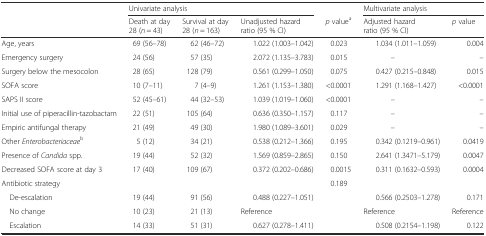
<table><thead><tr><td></td><td colspan="3"><b>Univariate analysis</b></td><td></td><td colspan="2"><b>Multivariate analysis</b></td></tr><tr><td></td><td><b>Death at day 28 (<i>n</i> = 43)</b></td><td><b>Survival at day 28 (<i>n</i> = 163)</b></td><td><b>Unadjusted hazard ratio (95 % CI)</b></td><td><b><i>p</i> value<sup>a</sup></b></td><td><b>Adjusted hazard ratio (95 % CI)</b></td><td><b><i>p</i> value</b></td></tr></thead><tbody><tr><td>Age, years</td><td>69 (56–78)</td><td>62 (46–72)</td><td>1.022 (1.003–1.042)</td><td>0.023</td><td>1.034 (1.011–1.059)</td><td>0.004</td></tr><tr><td>Emergency surgery</td><td>24 (56)</td><td>57 (35)</td><td>2.072 (1.135–3.783)</td><td>0.015</td><td>–</td><td>–</td></tr><tr><td>Surgery below the mesocolon</td><td>28 (65)</td><td>128 (79)</td><td>0.561 (0.299–1.050)</td><td>0.075</td><td>0.427 (0.215–0.848)</td><td>0.015</td></tr><tr><td>SOFA score</td><td>10 (7–11)</td><td>7 (4–9)</td><td>1.261 (1.153–1.380)</td><td>&lt;0.0001</td><td>1.291 (1.168–1.427)</td><td>&lt;0.0001</td></tr><tr><td>SAPS II score</td><td>52 (45–61)</td><td>44 (32–53)</td><td>1.039 (1.019–1.060)</td><td>&lt;0.0001</td><td>–</td><td>–</td></tr><tr><td>Initial use of piperacillin-tazobactam</td><td>22 (51)</td><td>105 (64)</td><td>0.636 (0.350–1.157)</td><td>0.117</td><td>–</td><td>–</td></tr><tr><td>Empiric antifungal therapy</td><td>21 (49)</td><td>49 (30)</td><td>1.980 (1.089–3.601)</td><td>0.029</td><td>–</td><td>–</td></tr><tr><td>Other <i>Enterobacteriaceae</i><sup>b</sup></td><td>5 (12)</td><td>34 (21)</td><td>0.538 (0.212–1.366)</td><td>0.195</td><td>0.342 (0.1219–0.961)</td><td>0.0419</td></tr><tr><td>Presence of <i>Candida</i> spp.</td><td>19 (44)</td><td>52 (32)</td><td>1.569 (0.859–2.865)</td><td>0.150</td><td>2.641 (1.3471–5.179)</td><td>0.0047</td></tr><tr><td>Decreased SOFA score at day 3</td><td>17 (40)</td><td>109 (67)</td><td>0.372 (0.202–0.686)</td><td>0.0015</td><td>0.311 (0.1632–0.593)</td><td>0.0004</td></tr><tr><td>Antibiotic strategy</td><td></td><td></td><td></td><td>0.189</td><td></td><td></td></tr><tr><td> De-escalation</td><td>19 (44)</td><td>91 (56)</td><td>0.488 (0.227–1.051)</td><td></td><td>0.566 (0.2503–1.278)</td><td>0.171</td></tr><tr><td> No change</td><td>10 (23)</td><td>21 (13)</td><td>Reference</td><td></td><td>Reference</td><td>Reference</td></tr><tr><td> Escalation</td><td>14 (33)</td><td>51 (31)</td><td>0.627 (0.278–1.411)</td><td></td><td>0.508 (0.2154–1.198)</td><td>0.122</td></tr></tbody></table>